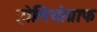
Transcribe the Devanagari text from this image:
होलियोग्राफ